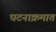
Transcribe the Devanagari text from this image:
घटनाक्रमात